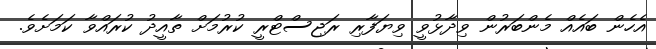
އެހެން ބައެއް މެންބަރުން ވިދާޅުވީ ވިޔަފާރި ރަޖިސްޓްރީ ކުރުމަށް ތާއީދު ކުރައްވާ ކަމަށެވެ.